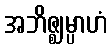
အဘိဇ္ဈမ္ပာဟံ